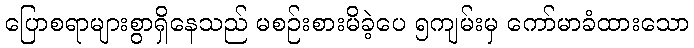
ပြောစရာများစွာရှိနေသည် မစဉ်းစားမိခဲ့ပေ ၅ကျမ်းမှ ကော်မာခံထားသော